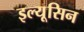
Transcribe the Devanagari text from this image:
इल्यूसिन